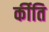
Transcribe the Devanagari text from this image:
र्कीति